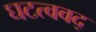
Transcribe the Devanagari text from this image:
घटत्ववद्